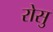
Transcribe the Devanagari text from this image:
रोसु